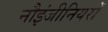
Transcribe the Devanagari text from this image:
नौइंजीनियरों